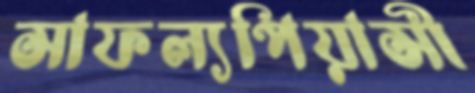
সাফল্যপিয়াসী